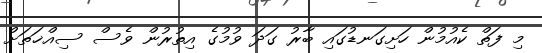
މި ފަތް ކެއުމުން ހަށިގަނޑުގައި ބާރު ގަދަ ވުމުގެ އިތުރުން ވެސް ސިއްޚަތަށް